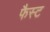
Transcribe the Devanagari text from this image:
फैस्ट